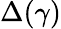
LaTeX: \Delta(\gamma)